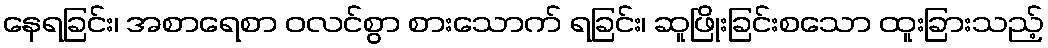
နေရခြင်း၊ အစာရေစာ ဝလင်စွာ စားသောက် ရခြင်း၊ ဆူဖြိုးခြင်းစသော ထူးခြားသည့်